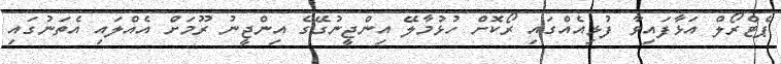
ޕެޓްރޯލް އަޅާފައިވާ ފުޅިއެއްގައި ރޯކޮށް ހުޅުމާލޭ އިންޖީނުގޭގެ އިންޖީނު ރޫމަށް އެއްލައި އެތަނުގައި